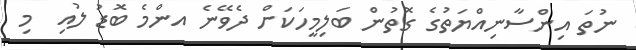
ނުތަ އިންސާނިއްޔަތުގެ ގޮތުން ބަލިމީހަކަށް ދެވޭނެ އންމެ ބޮޑު ލުއި  މި